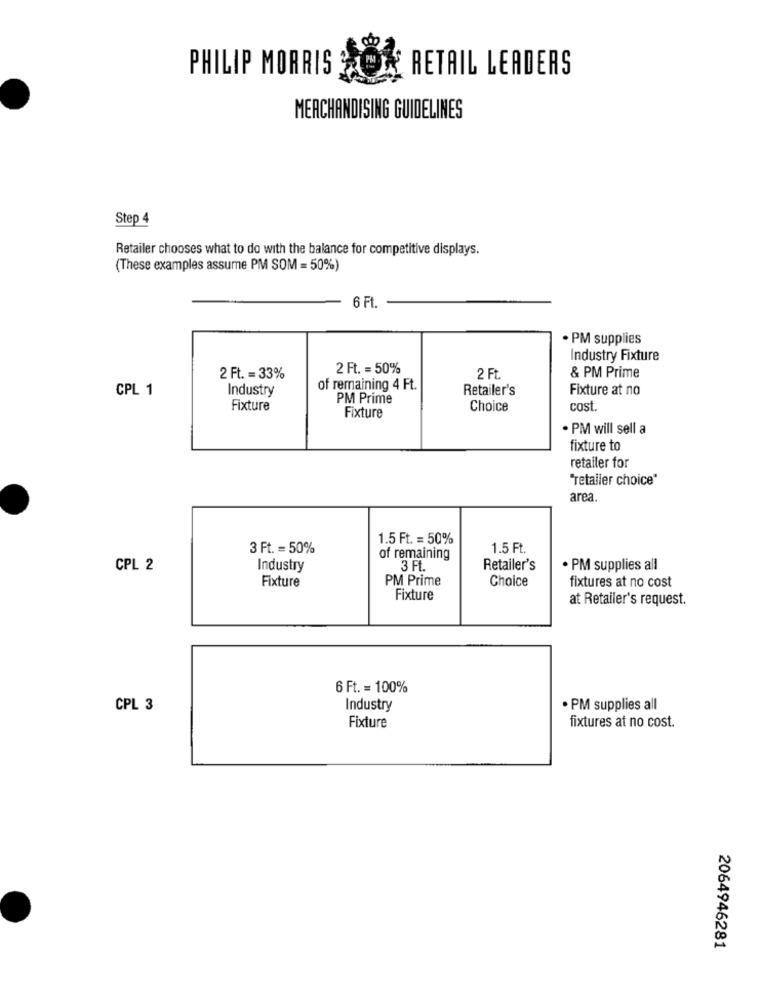
RETAIL LEADERS
PHILIP MORRIS
MERCHANDISING GUIDELINES
Step 4
Retailer chooses what to do with the balance for competitive displays.
(These examples assume PM SOM = 50%)
6 Ft.
· PM supplies
Industry Fixture
2 Ft. = 50%
2 Ft. = 33%
2 Ft
& PM Prime
CPL 1
Industry
of remaining 4 Ft.
Retailer's
Fixture at no
PM Prime
Fixture
Choice
cost
Fixture
· PM will sell a
fixture to
retailer for
"retaller choice"
area.
1.5 Ft. = 50%
3 Ft. = 50%
1.5 Ft.
of remaining
CPL 2
Industry
3 FL.
Retailer's
. PM supplies all
Fixture
PM Prime
Choice
fixtures at no cost
Fixture
at Retailer's request.
6 Ft. = 100%
CPL 3
Industry
PM supplies all
Fixture
fixtures at no cost.
2064946281